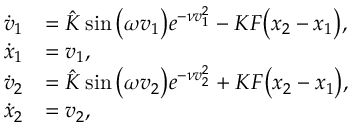
\begin{array} { r l } { \dot { v } _ { 1 } } & { = \hat { K } \sin \big ( \omega { v } _ { 1 } \big ) e ^ { - \nu { v } _ { 1 } ^ { 2 } } - K F \big ( { x } _ { 2 } - { x } _ { 1 } \big ) , } \\ { \dot { x } _ { 1 } } & { = v _ { 1 } , } \\ { \dot { v } _ { 2 } } & { = \hat { K } \sin \big ( \omega { v } _ { 2 } \big ) e ^ { - \nu { v } _ { 2 } ^ { 2 } } + K F \big ( { x } _ { 2 } - { x } _ { 1 } \big ) , } \\ { \dot { x } _ { 2 } } & { = v _ { 2 } , } \end{array}